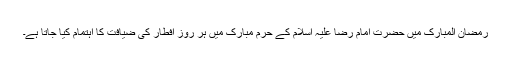
رمضان المبارک میں حضرت امام رضا علیہ اسلام کے حرم مبارک میں ہر روز افطار کی ضیافت کا اہتمام کیا جاتا ہے۔